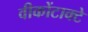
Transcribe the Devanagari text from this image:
वीकोंटाक्टे